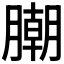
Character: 𣎢